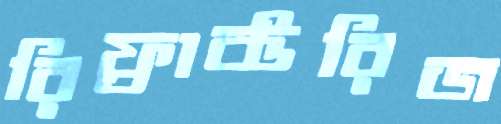
রিফ্রাক্টরিজ